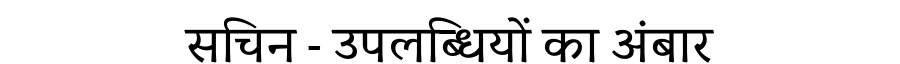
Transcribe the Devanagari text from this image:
सचिन - उपलब्धियों का अंबार